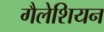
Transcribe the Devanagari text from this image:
गैलेशियन